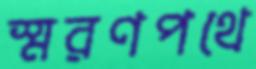
স্মরণপথে